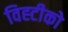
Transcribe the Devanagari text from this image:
विह्टीको